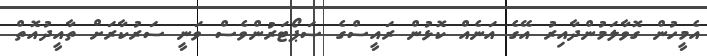
އެމީހުން ގޮވާލަމުންދާއިރު އޭގެ އަނެއް ކޮޅުން ރައީސްގެ ސަޕޯޓަރުންވެސް ވަނީ ސަރުކާރަށް ތާއީދުއޮތް